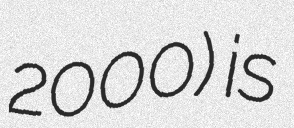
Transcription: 2000) is